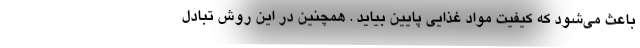
باعث می‌شود که کیفیت مواد غذایی پایین بیاید . همچنین در این روش تبادل